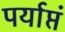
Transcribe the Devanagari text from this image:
पर्याप्तं